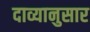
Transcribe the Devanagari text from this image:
दाव्यानुसार